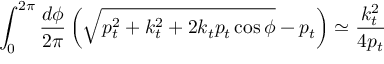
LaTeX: \! \! \! \! \! \! \! \! \! \! \! \! \! \int _ { 0 } ^ { 2 \pi } \frac { d \phi } { 2 \pi } \left( \sqrt { p _ { t } ^ { 2 } + k _ { t } ^ { 2 } + 2 k _ { t } p _ { t } \cos \phi } - p _ { t } \right) \simeq \frac { k _ { t } ^ { 2 } } { 4 p _ { t } }